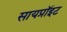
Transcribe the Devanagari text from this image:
सायप्रॉइट